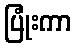
ပြုံးကာ